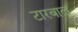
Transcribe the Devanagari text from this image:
टारबाल